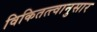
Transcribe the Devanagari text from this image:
विकितत्त्वानुसार